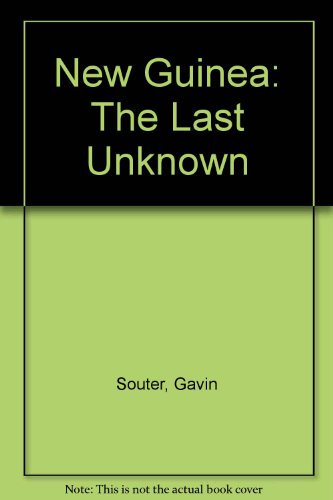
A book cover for New Guinea: The Last Unknown; Gavin Souter; History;